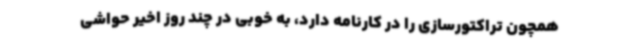
همچون تراکتورسازی را در کارنامه دارد، به خوبی در چند روز اخیر حواشی